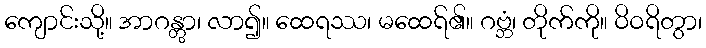
ကျောင်းသို့။ အာဂန္တွာ၊ လာ၍။ ထေရဿ၊ မထေရ်၏။ ဂဗ္ဘံ၊ တိုက်ကို။ ဝိဝရိတွာ၊